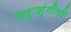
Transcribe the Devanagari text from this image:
चतुःशृंगीची